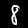
Label: 8